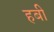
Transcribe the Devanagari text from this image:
हबी